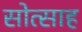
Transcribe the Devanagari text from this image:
सोत्साह